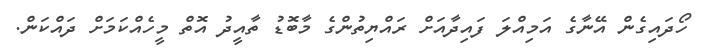
ހޯދައިގެން އޭނާގެ އަމިއްލަ ފައިދާއަށް ރައްޔިތުންގެ މާބޮޑު ތާއީދު އޮތް މީހެއްކަމަށް ދައްކަން.